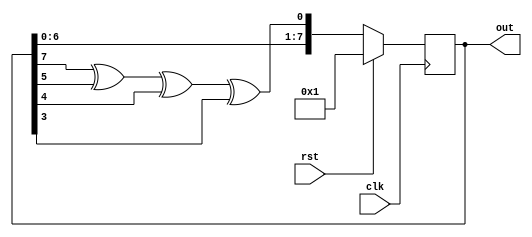
module lsfr (
    input  wire clk,
    input  wire rst,
    output wire [7:0] out
);

    wire [7:0] value_next;
    wire feedback = value[7] ^ value[5] ^ value[4] ^ value[3];
    reg [7:0] value;

    always @(posedge clk) begin
        if (rst) begin
            value <= 8'h01;
        end else begin
            value <= value_next;
        end
    end 

    assign out = value;
    assign value_next = {value[6:0], feedback};

endmodule